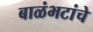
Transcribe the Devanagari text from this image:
बाळंभटांचे